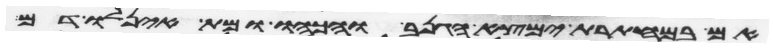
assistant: אם במחתרת ימצא הגנב והכהו ומת אין לו דם